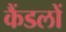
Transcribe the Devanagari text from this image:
कैंडलों